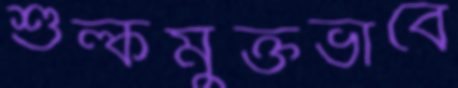
শুল্কমুক্তভাবে